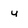
Character: u